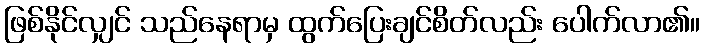
ဖြစ်နိုင်လျှင် သည်နေရာမှ ထွက်ပြေးချင်စိတ်လည်း ပေါက်လာ၏။